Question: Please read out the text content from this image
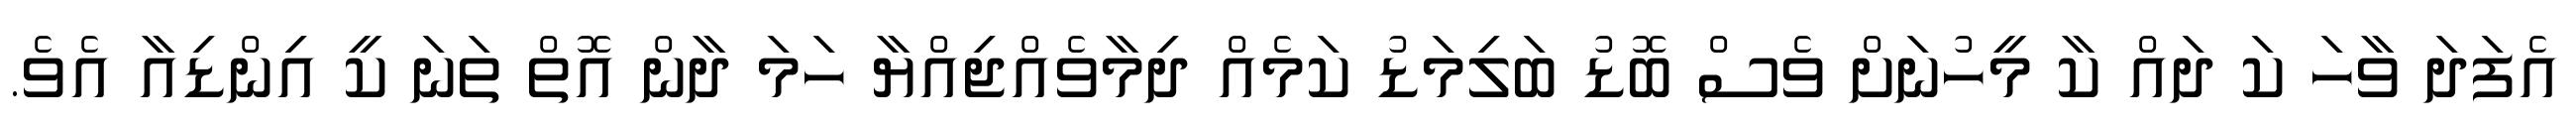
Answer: އެފަދަ ވާހަ ކަ ދައް ކާ މީހުނަށް ވެސް ބޮޑު ބަލިމަޑު ކަމެއް ދިމާވެއްޖިއްޔާ ހަމަ ދާން އޮތް ތަނަ ކީ އިންޑިއާ އެވެ.